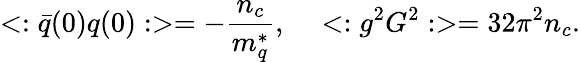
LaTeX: <:\bar{q}(0)q(0):>=-\frac{n_{c}}{m_{q}^{*}},\, \ \ \ <:g^{2}G^{2}:>=32\pi^{2}n_{c}.